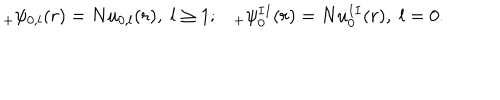
LaTeX: _ { + } \psi _ { 0 , l } ( r ) = N u _ { 0 , l } ( r ) { } , \; l \geq 1 ; _ { + } \psi _ { 0 } ^ { I I } ( r ) = N u _ { 0 } ^ { I I } ( r ) { } , \; l = 0 .